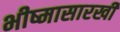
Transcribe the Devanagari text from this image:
भीष्मासारखी